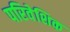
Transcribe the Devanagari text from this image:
परिवेशिक